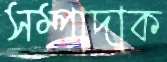
সম্পাদাক